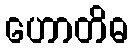
ဟောတိဓ